Annual report on the mental hospital in the Central Provinces and Berar (Nagpur) - 1927-1951
Year: 1927
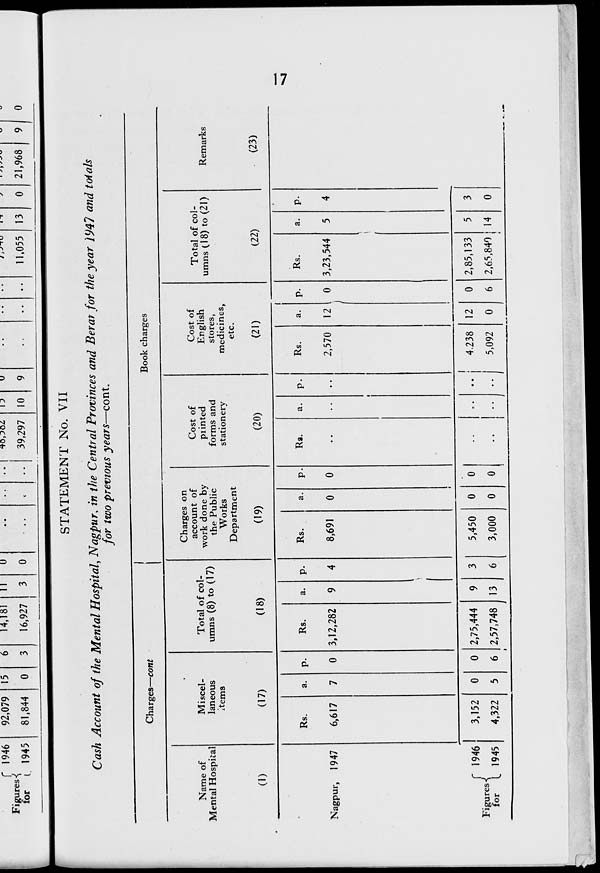
f 1946
Figures-<(
for i 1945
92,079
81,844
15
0
6
3
14,181
16,927
11
3
U
0
39,297
13
0
u
9
/ J-/-TU
11,055 13
0 21,968
9
0
STATEMENT No. VII
Cash Account of the Mental Hospital, Nagpur* in the Central Provinces and Berat for the year )947 and toials
for two previous years—cont.
Charges—cont
Book charges
Charges on
account of
Cost of
Cost of
work done by
piinted
English
the Public
forms and
stores,
Works
stationery
medicines,
Department
etc.
(19)
(20)
(21)
Name of
Mental Hospital
(1)
Nagpur, 1947
f 1946
Figures -{
for L 1945
Miscel-
laneous
Items
(17)
Total of col-
umns (8) to (17)
(18)
Total of col-
umns (.18) to (21)
(22)
Rs.
a. P-
Rs.
a. P-
Rs.
a. P-
Ra.
a. P-
Rs.
a. P-
6,617
7
0 3,12,282
9
4
8,691
0
0
2,570 12 . 0
Rs.
3,23,544
3,152
0
0 2,75,444
9
3
5,450
0
0
•.
e •
1
4.238 12
0 2,85,133
5
3
4,322
5
6
•
2,57,748 13
6
3,000
0
0
i
5,092
0
6 2,65,840 14
0
Remarks
(23)